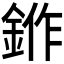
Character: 𬫛